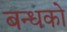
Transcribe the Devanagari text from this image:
बन्धको